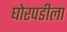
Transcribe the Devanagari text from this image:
घोरपडीला